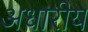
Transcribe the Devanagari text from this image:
अधारीय